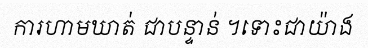
ការហាមឃាត់ ជាបន្ទាន់ ។ទោះជាយ៉ាង